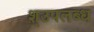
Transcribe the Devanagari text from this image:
श्उपलब्ध